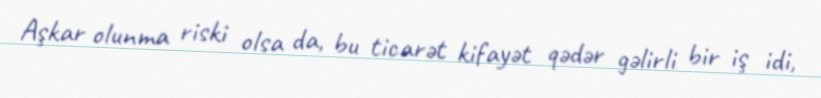
Aşkar olunma riski olsa da, bu ticarət kifayət qədər gəlirli bir iş idi,